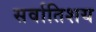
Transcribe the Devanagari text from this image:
सर्वातिशय